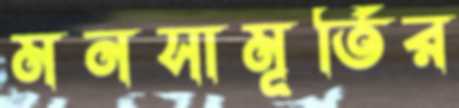
মনসামূর্তির